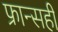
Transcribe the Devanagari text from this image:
फ्रान्सही